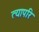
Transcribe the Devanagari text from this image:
त्यापरि